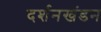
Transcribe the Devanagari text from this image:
दर्शनखंडन